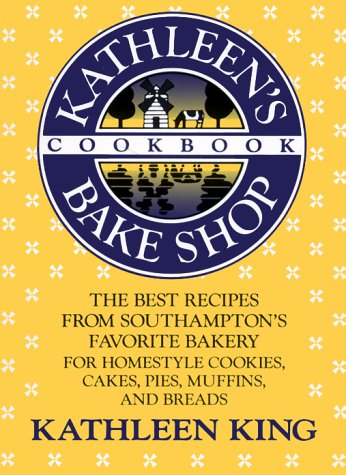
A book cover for Kathleen's Bake Shop Cookbook: The Best Recipes from Southhampton's Favorite Bakery for Homestyle Cookies, Cakes, Pies, Muffins, and Breads; Kathleen King; Cookbooks, Food & Wine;